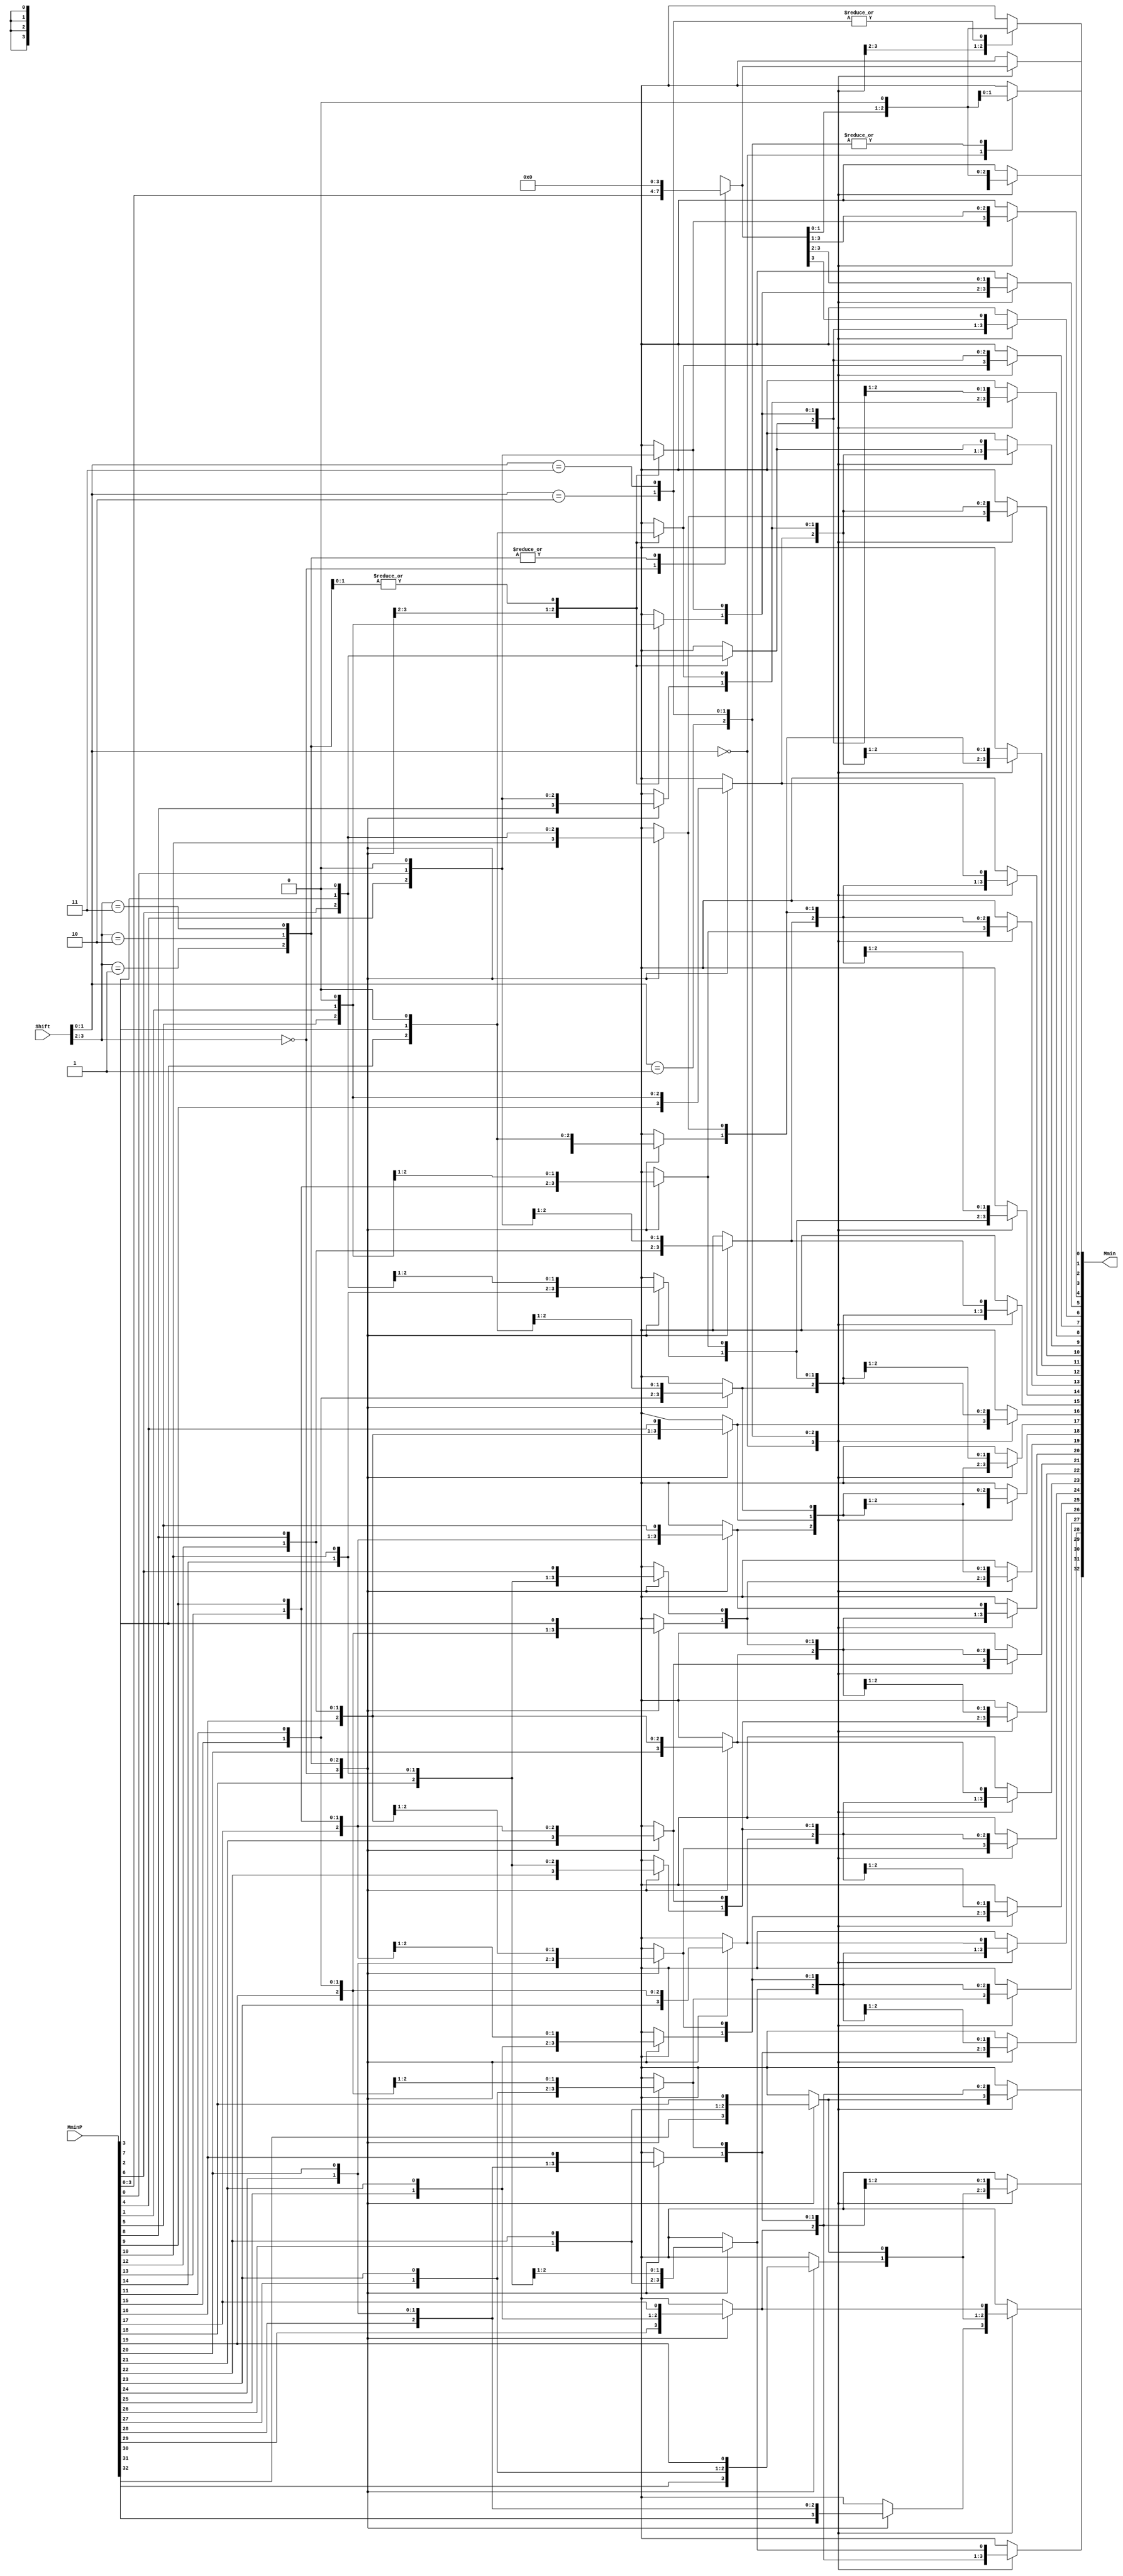
`timescale 1ns / 1ps
//////////////////////////////////////////////////////////////////////////////////
//
// Module Name:    FPAddSub_NormalizeShift1 
// Project Name: 	 Floating Point Project
//
// Description:	 Normalization shift stage 1, performs 12|8|4|3|2|1|0 shift
//
//////////////////////////////////////////////////////////////////////////////////

module FPAddSub_NormalizeShift1(
		MminP,
		Shift,
		Mmin
	);
	
	// Input ports
	input [32:0] MminP ;						// Smaller mantissa after 16|12|8|4 shift
	input [3:0] Shift ;						// Shift amount
	
	// Output ports
	output [32:0] Mmin ;						// The smaller mantissa
	
	reg	  [32:0]		Lvl2 = 0;
	wire    [65:0]    Stage1;	
	reg	  [32:0]		Lvl3 = 0;
	wire    [65:0]    Stage2;	
	integer           i;               	// Loop variable
	
	assign Stage1 = {MminP, MminP};

	always @(*) begin    					// Rotate {0 | 4 | 8 | 12} bits
	  case (Shift[3:2])
			// Rotate by 0
			2'b00: Lvl2 <= Stage1[32:0];       		
			// Rotate by 4
			2'b01: begin for (i=65; i>=33; i=i-1) begin Lvl2[i-33] <= Stage1[i-4]; end Lvl2[3:0] <= 0; end
			// Rotate by 8
			2'b10: begin for (i=65; i>=33; i=i-1) begin Lvl2[i-33] <= Stage1[i-8]; end Lvl2[7:0] <= 0; end
			// Rotate by 12
			2'b11: begin for (i=65; i>=33; i=i-1) begin Lvl2[i-33] <= Stage1[i-12]; end Lvl2[11:0] <= 0; end
	  endcase
	end
	
	assign Stage2 = {Lvl2, Lvl2};

	always @(*) begin   				 		// Rotate {0 | 1 | 2 | 3} bits
	  case (Shift[1:0])
			// Rotate by 0
			2'b00:  Lvl3 <= Stage2[32:0];
			// Rotate by 1
			2'b01: begin for (i=65; i>=33; i=i-1) begin Lvl3[i-33] <= Stage2[i-1]; end Lvl3[0] <= 0; end 
			// Rotate by 2
			2'b10: begin for (i=65; i>=33; i=i-1) begin Lvl3[i-33] <= Stage2[i-2]; end Lvl3[1:0] <= 0; end
			// Rotate by 3
			2'b11: begin for (i=65; i>=33; i=i-1) begin Lvl3[i-33] <= Stage2[i-3]; end Lvl3[2:0] <= 0; end
	  endcase
	end
	
	// Assign outputs
	assign Mmin = Lvl3;						// Take out smaller mantissa			
	
endmodule